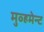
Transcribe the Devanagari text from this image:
मुव्हमेन्ट